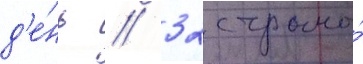
д'е́нь // 32 страны́